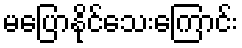
မပြောနိုင်သေးကြောင်း